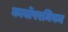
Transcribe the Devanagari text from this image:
कार्बोपरमियन